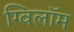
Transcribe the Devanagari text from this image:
ग्विलॉम